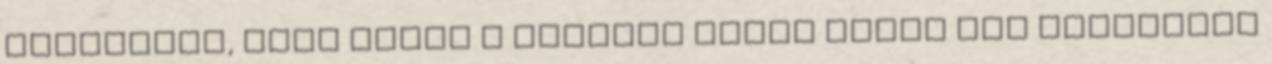
említette, hogy ennek a témának külön teret fog szentelni